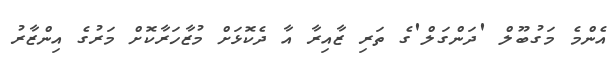
އެންމެ މަގުބޫލް 'ދަންގަލް'ގެ ތަރި ޒާއިރާ އާ ދެކޮޅަށް މުޒާހަރާކޮށް މަރުގެ އިންޒާރު